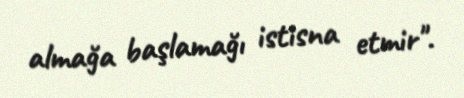
almağa başlamağı istisna etmir".